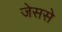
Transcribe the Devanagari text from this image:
जेससे